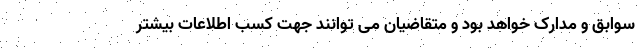
سوابق و مدارک خواهد بود و متقاضیان می توانند جهت کسب اطلاعات بیشتر